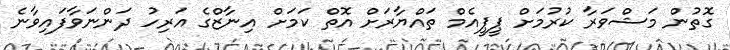
ގޮތުން މަޝްވަރާ ކުރުމަށް ޕީޕީއެމް ތައްޔާރަށް އޮތް ކަމަށް އިނާޒްގެ އަރިހު ދަންނަވާފައިވާނެ